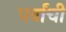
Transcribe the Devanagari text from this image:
पर्वांची